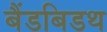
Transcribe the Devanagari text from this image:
बैंडबिडथ